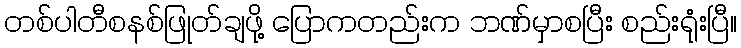
တစ်ပါတီစနစ်ဖြုတ်ချဖို့ ပြောကတည်းက ဘဏ်မှာစပြီး စည်းရုံးပြီ။